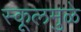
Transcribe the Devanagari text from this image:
स्कूलमुळे